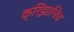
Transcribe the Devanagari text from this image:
क्रिझ़ानिच